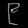
Digit: ၉